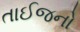
તાઈજનો